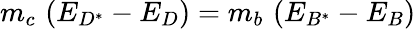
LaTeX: m_{c}\, \left(E_{D^{*}}-E_{D}\right)=m_{b}\, \left(E_{B^{*}}-E_{B}\right)